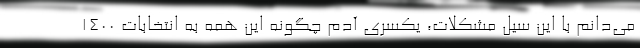
می‌دانم با این سیل مشکلات، یکسری آدم چگونه این همه به انتخابات 1400